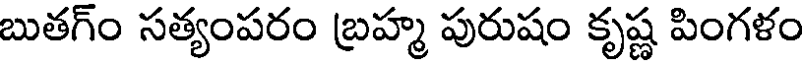
బుతగ్ం సత్యంపరం బ్రహ్మ పురుషం కృష్ణ పింగళం